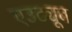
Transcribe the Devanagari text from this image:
एउट्यूब